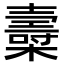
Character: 𣝷